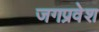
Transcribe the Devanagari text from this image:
जगप्रवेश